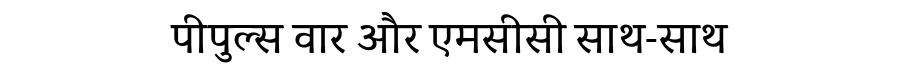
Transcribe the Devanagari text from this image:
पीपुल्स वार और एमसीसी साथ-साथ